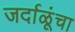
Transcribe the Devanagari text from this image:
जर्दाळूंचा